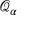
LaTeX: { \mathcal { Q } } _ { \alpha }